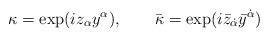
LaTeX: \begin{align*}\kappa =\exp (iz_\alpha y^\alpha ),\qquad \bar{\kappa} =\exp (i\bar{z}_{\dot{\alpha}}\bar{y}^{\dot{\alpha}})\end{align*}